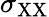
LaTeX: \sigma_{\mathrm{XX}}